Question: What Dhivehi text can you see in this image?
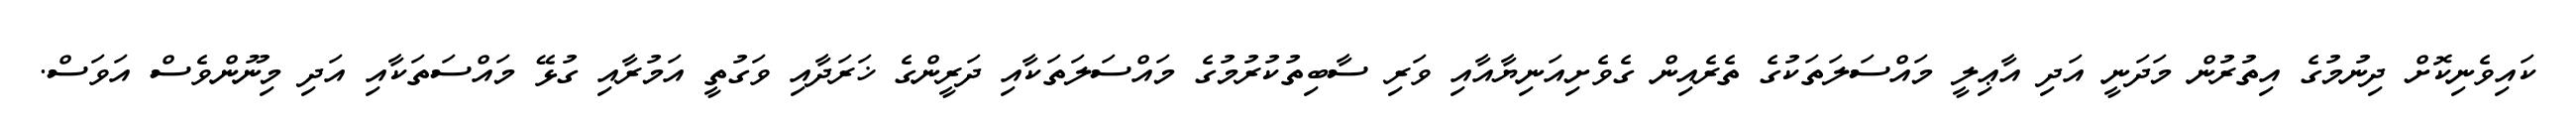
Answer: ކައިވެނިކޮށް ދިނުމުގެ އިތުރުން މަދަނީ އަދި އާޢިލީ މައްސަލަތަކުގެ ތެރެއިން ގެވެށިއަނިޔާއާއި ވަރި ސާބިތުކުރުމުގެ މައްސަލަތަކާއި ދަރީންގެ ޚަރަދާއި ވަގުތީ އަމުރާއި ގުޅޭ މައްސަތަކާއި އަދި މިނޫންވެސް އަވަސް.